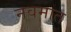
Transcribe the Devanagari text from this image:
नवमात